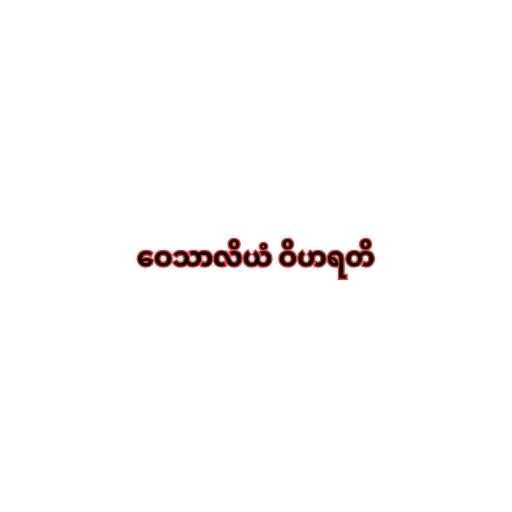
ဝေသာလိယံ ဝိဟရတိ